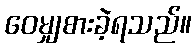
ဝေမျှစားခဲ့ရသည်။